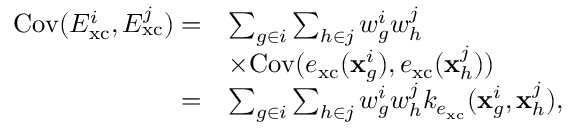
\begin{array} { r l } { \mathrm { C o v } ( E _ { \mathrm { x c } } ^ { i } , E _ { \mathrm { x c } } ^ { j } ) = } & { \sum _ { g \in i } \sum _ { h \in j } w _ { g } ^ { i } w _ { h } ^ { j } } \\ & { \times \mathrm { C o v } ( e _ { \mathrm { x c } } ( \mathbf { x } _ { g } ^ { i } ) , e _ { \mathrm { x c } } ( \mathbf { x } _ { h } ^ { j } ) ) } \\ { = } & { \sum _ { g \in i } \sum _ { h \in j } w _ { g } ^ { i } w _ { h } ^ { j } k _ { e _ { \mathrm { x c } } } ( \mathbf { x } _ { g } ^ { i } , \mathbf { x } _ { h } ^ { j } ) , } \end{array}